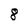
Character: 8